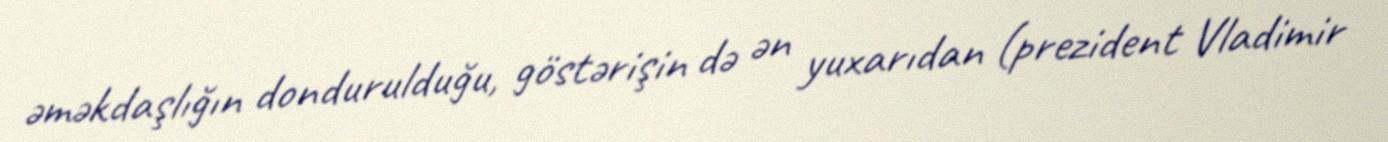
əməkdaşlığın dondurulduğu, göstərişin də ən yuxarıdan (prezident Vladimir